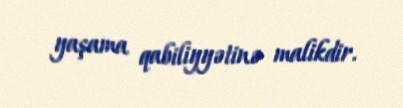
yaşama qabiliyyətinə malikdir.